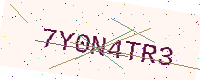
Text: 7Y0N4TR3